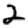
Digit: 2